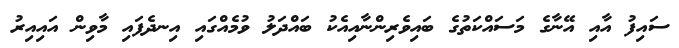
ސައިފު އާއި އޭނާގެ މަސައްކަތުގެ ބައިވެރިންނާއިއެކު ބައްދަލު ވުމެއްގައި އިނދެފައި މާވިން އައިއިރު